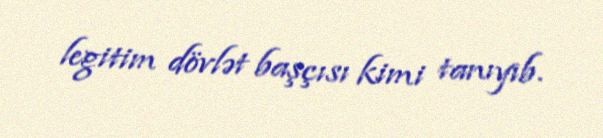
legitim dövlət başçısı kimi tanıyıb.